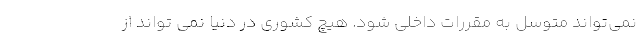
نمی‌تواند متوسل به مقررات داخلی شود. هیچ کشوری در دنیا نمی تواند از